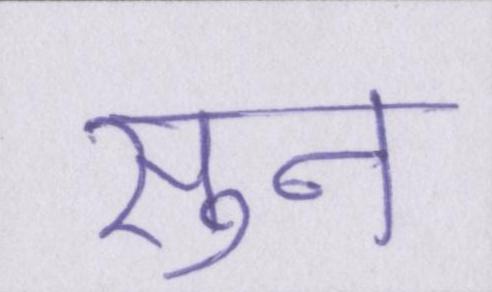
सुन